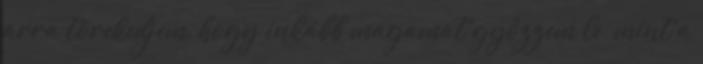
arra törekedjem, hogy inkább magamat győzzem le, mint a